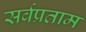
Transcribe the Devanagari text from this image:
सर्वप्रताम